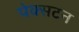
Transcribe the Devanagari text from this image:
पेक्‍सटन